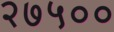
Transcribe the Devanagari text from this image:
२७५००